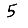
Digit: 5